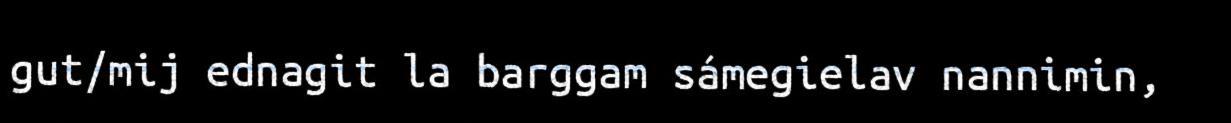
gut/mij ednagit la barggam sámegielav nannimin,